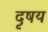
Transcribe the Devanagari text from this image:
दृषय